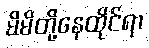
မိမိတို့နေထိုင်ရာ